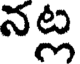
నట్ల